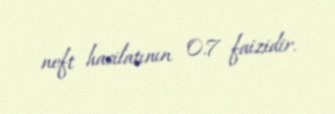
neft hasilatının 0.7 faizidir.